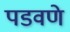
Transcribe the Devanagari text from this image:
पडवणे